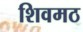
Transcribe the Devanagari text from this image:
शिवमठ